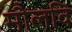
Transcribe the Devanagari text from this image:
मौलवि